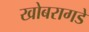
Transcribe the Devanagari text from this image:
खोबरागडे